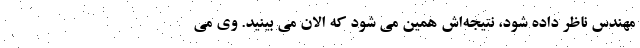
مهندس ناظر داده شود، نتیجه‌اش همین می شود که الان می بینید. وی می